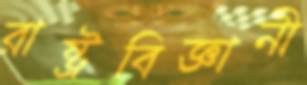
রাষ্ট্রবিজ্ঞানী